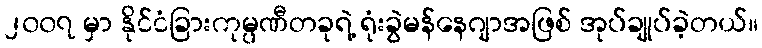
၂၀၀၇ မှာ နိုင်ငံခြားကုမ္ပဏီတခုရဲ့ ရုံးခွဲမန်နေဂျာအဖြစ် အုပ်ချုပ်ခဲ့တယ်။